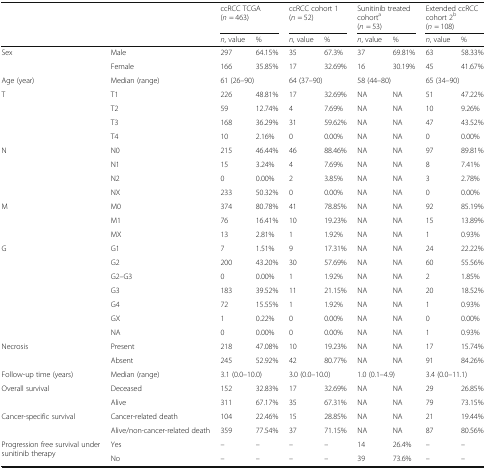
<table><thead><tr><td></td><td></td><td colspan="2"><b>ccRCC TCGA(<i>n</i> = 463)</b></td><td colspan="2"><b>ccRCC cohort 1(<i>n</i> = 52)</b></td><td colspan="2"><b>Sunitinib treated cohort<sup>a</sup>(<i>n</i> = 53)</b></td><td colspan="2"><b>Extended ccRCC cohort 2<sup>b</sup>(<i>n</i> = 108)</b></td></tr><tr><td></td><td></td><td><b><i>n</i>, value</b></td><td><b>%</b></td><td><b><i>n</i>, value</b></td><td><b>%</b></td><td><b><i>n</i>, value</b></td><td><b>%</b></td><td><b><i>n</i>, value</b></td><td><b>%</b></td></tr></thead><tbody><tr><td>Sex</td><td>Male</td><td>297</td><td>64.15%</td><td>35</td><td>67.3%</td><td>37</td><td>69.81%</td><td>63</td><td>58.33%</td></tr><tr><td></td><td>Female</td><td>166</td><td>35.85%</td><td>17</td><td>32.69%</td><td>16</td><td>30.19%</td><td>45</td><td>41.67%</td></tr><tr><td>Age (year)</td><td>Median (range)</td><td colspan="2">61 (26–90)</td><td colspan="2">64 (37–90)</td><td colspan="2">58 (44–80)</td><td colspan="2">65 (34–90)</td></tr><tr><td>T</td><td>T1</td><td>226</td><td>48.81%</td><td>17</td><td>32.69%</td><td>NA</td><td>NA</td><td>51</td><td>47.22%</td></tr><tr><td></td><td>T2</td><td>59</td><td>12.74%</td><td>4</td><td>7.69%</td><td>NA</td><td>NA</td><td>10</td><td>9.26%</td></tr><tr><td></td><td>T3</td><td>168</td><td>36.29%</td><td>31</td><td>59.62%</td><td>NA</td><td>NA</td><td>47</td><td>43.52%</td></tr><tr><td></td><td>T4</td><td>10</td><td>2.16%</td><td>0</td><td>0.00%</td><td>NA</td><td>NA</td><td>0</td><td>0.00%</td></tr><tr><td>N</td><td>N0</td><td>215</td><td>46.44%</td><td>46</td><td>88.46%</td><td>NA</td><td>NA</td><td>97</td><td>89.81%</td></tr><tr><td></td><td>N1</td><td>15</td><td>3.24%</td><td>4</td><td>7.69%</td><td>NA</td><td>NA</td><td>8</td><td>7.41%</td></tr><tr><td></td><td>N2</td><td>0</td><td>0.00%</td><td>2</td><td>3.85%</td><td>NA</td><td>NA</td><td>3</td><td>2.78%</td></tr><tr><td></td><td>NX</td><td>233</td><td>50.32%</td><td>0</td><td>0.00%</td><td>NA</td><td>NA</td><td>0</td><td>0.00%</td></tr><tr><td>M</td><td>M0</td><td>374</td><td>80.78%</td><td>41</td><td>78.85%</td><td>NA</td><td>NA</td><td>92</td><td>85.19%</td></tr><tr><td></td><td>M1</td><td>76</td><td>16.41%</td><td>10</td><td>19.23%</td><td>NA</td><td>NA</td><td>15</td><td>13.89%</td></tr><tr><td></td><td>MX</td><td>13</td><td>2.81%</td><td>1</td><td>1.92%</td><td>NA</td><td>NA</td><td>1</td><td>0.93%</td></tr><tr><td>G</td><td>G1</td><td>7</td><td>1.51%</td><td>9</td><td>17.31%</td><td>NA</td><td>NA</td><td>24</td><td>22.22%</td></tr><tr><td></td><td>G2</td><td>200</td><td>43.20%</td><td>30</td><td>57.69%</td><td>NA</td><td>NA</td><td>60</td><td>55.56%</td></tr><tr><td></td><td>G2–G3</td><td>0</td><td>0.00%</td><td>1</td><td>1.92%</td><td>NA</td><td>NA</td><td>2</td><td>1.85%</td></tr><tr><td></td><td>G3</td><td>183</td><td>39.52%</td><td>11</td><td>21.15%</td><td>NA</td><td>NA</td><td>20</td><td>18.52%</td></tr><tr><td></td><td>G4</td><td>72</td><td>15.55%</td><td>1</td><td>1.92%</td><td>NA</td><td>NA</td><td>1</td><td>0.93%</td></tr><tr><td></td><td>GX</td><td>1</td><td>0.22%</td><td>0</td><td>0.00%</td><td>NA</td><td>NA</td><td>0</td><td>0.00%</td></tr><tr><td></td><td>NA</td><td>0</td><td>0.00%</td><td>0</td><td>0.00%</td><td>NA</td><td>NA</td><td>1</td><td>0.93%</td></tr><tr><td>Necrosis</td><td>Present</td><td>218</td><td>47.08%</td><td>10</td><td>19.23%</td><td>NA</td><td>NA</td><td>17</td><td>15.74%</td></tr><tr><td></td><td>Absent</td><td>245</td><td>52.92%</td><td>42</td><td>80.77%</td><td>NA</td><td>NA</td><td>91</td><td>84.26%</td></tr><tr><td>Follow-up time (years)</td><td>Median (range)</td><td colspan="2">3.1 (0.0–10.0)</td><td colspan="2">3.0 (0.0–10.0)</td><td colspan="2">1.0 (0.1–4.9)</td><td colspan="2">3.4 (0.0–11.1)</td></tr><tr><td>Overall survival</td><td>Deceased</td><td>152</td><td>32.83%</td><td>17</td><td>32.69%</td><td>NA</td><td>NA</td><td>29</td><td>26.85%</td></tr><tr><td></td><td>Alive</td><td>311</td><td>67.17%</td><td>35</td><td>67.31%</td><td>NA</td><td>NA</td><td>79</td><td>73.15%</td></tr><tr><td>Cancer-specific survival</td><td>Cancer-related death</td><td>104</td><td>22.46%</td><td>15</td><td>28.85%</td><td>NA</td><td>NA</td><td>21</td><td>19.44%</td></tr><tr><td></td><td>Alive/non-cancer-related death</td><td>359</td><td>77.54%</td><td>37</td><td>71.15%</td><td>NA</td><td>NA</td><td>87</td><td>80.56%</td></tr><tr><td rowspan="2">Progression free survival under sunitinib therapy</td><td>Yes</td><td>–</td><td>–</td><td>–</td><td>–</td><td>14</td><td>26.4%</td><td>–</td><td>–</td></tr><tr><td>No</td><td>–</td><td>–</td><td>–</td><td>–</td><td>39</td><td>73.6%</td><td>–</td><td>–</td></tr></tbody></table>